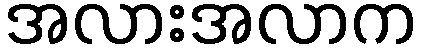
အလားအလာက